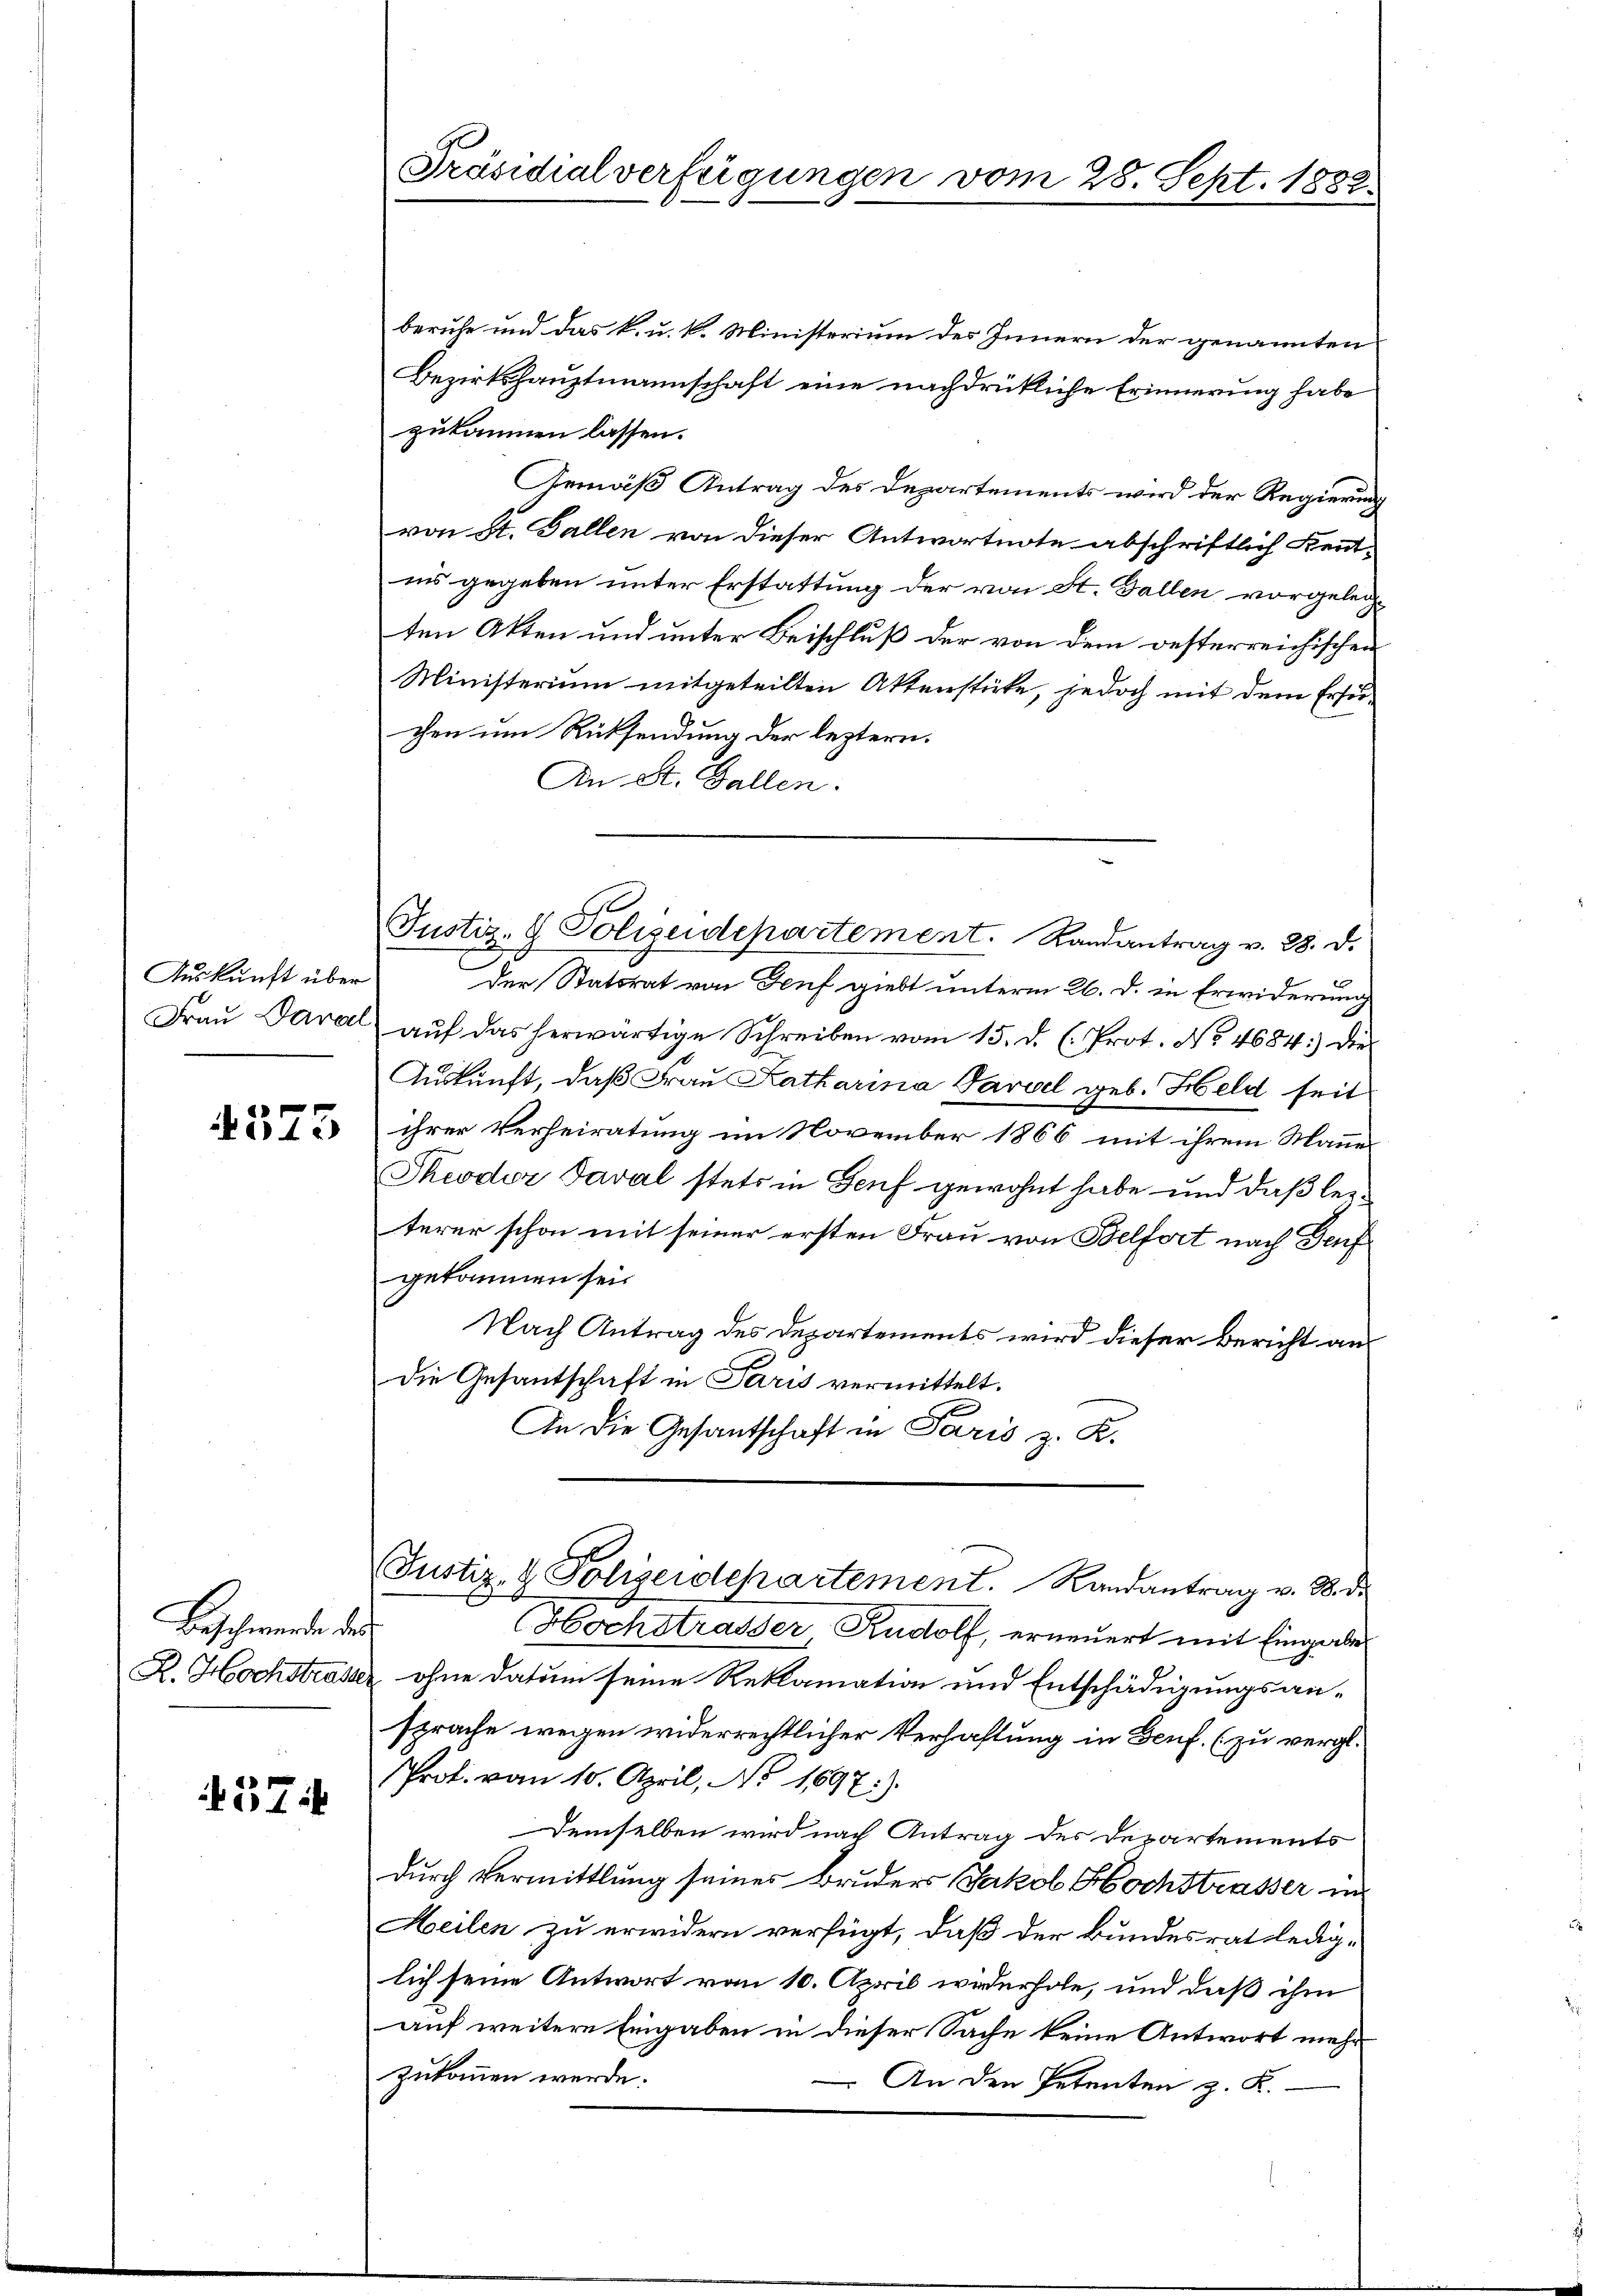
Auskunft über

4573

Beschwerde der

574

Präsidialverfügungen vom 28. Sept. 1882.

beruhe und das k. u. k. Ministerium des Innern der genannten
Bezirkshauptmannschaft eine nachdrückliche Erinnerung habe
zukommen lassen.
Gemäß Antrag des Departements wird der Regierung
von St. Gallen von dieser Antwortnote abschriftlich Kenntiis gegeben unter Erstattung der von St. Gallen vorgelegten Akten und unter Beischluß der von dem oesterreichischen
Ministerium mitgeteilten Aktenstücke, jedoch mit dem Ersuchen um Rücksendung der leztern.
An St. Gallen:
der Statorat von Genf giebt unterm 26. d. in Erwiderung
Fraŭ Paral aŭf das herwärtige Schreiben vom 15. d. h. Prot. No. 4684: die
Auskunft, daß Frau Katharisia Parzel geb. Held seit
ihrer Verheiratung im November 1866 mit ihrem Manne
Theodor Taval stets in Genf gewohnt habe und daß leiterer schon mit seiner ersten Frau von Belfort nach Genf
gekommen sei
Nach Antrag des Departements wird dieser Bericht an
die Gesantschaft in Paris vermittelt.
An die Gesantschaft in Paris z. K.
Justiz- & Polizeidepartement. Randantrag v. 8. di
x
Hochstrasser, Rudolf, erneuert mit Eingabe
R. Hochstrasse ohne datum seine Reklamation und Entschädigungsansprache wegen widerrechtlicher Verhaftung in Genf. (zu vergl.
Prof. vom 10. April, No 1697.)
Demselben wird nach Antrag des Departements
durch Vermittlung seines Bruders Jakob Hochstrasser in
Heilen zu erwidern verfügt, daß der kundesrat ledig-
lich seine Antwort vom 10. April wiederhole, und daß ihm
auf weitere Eingaben in dieser Sache keine Antwort mehr
zukommen werde.
An den Petenten z. K.

Justiz- & Polizeidepartement. Landantrag v. 28. d.